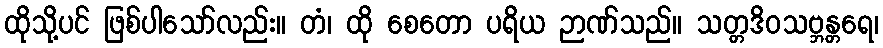
ထိုသို့ပင် ဖြစ်ပါသော်လည်း။ တံ၊ ထို စေတော ပရိယ ဉာဏ်သည်။ သတ္တဒိဝသဗ္ဘန္တရေ၊